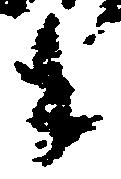
年